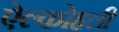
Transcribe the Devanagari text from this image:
ऐल्कोहली